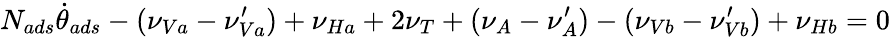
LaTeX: N_{ads}\dot{\theta}_{ads}-(\nu_{Va}-\nu_{Va}^{\prime})+\nu_{Ha}+2\nu_{T}+(\nu_{A}-\nu_{A}^{\prime})-(\nu_{Vb}-\nu_{Vb}^{\prime})+\nu_{Hb}=0